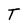
Character: T